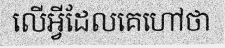
លើអ្វីដែលគេហៅថា